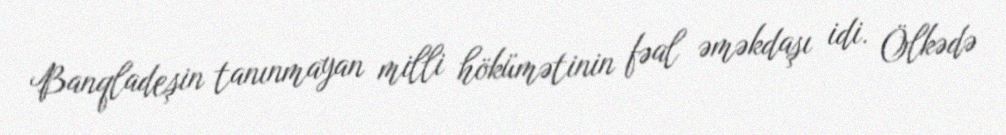
Banqladeşin tanınmayan milli hökümətinin fəal əməkdaşı idi. Ölkədə